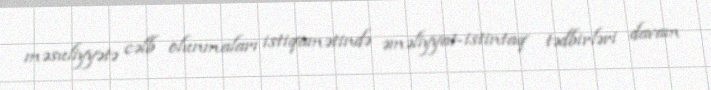
məsuliyyətə cəlb olunmaları istiqamətində əməliyyat-istintaq tədbirləri davam